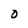
Character: 0